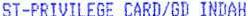
ST-PRIVILEGE CARD/GD INDAH